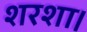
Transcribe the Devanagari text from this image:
शरशा।